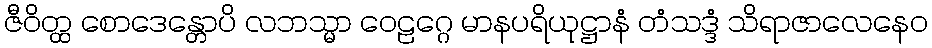
ဇီဝိတ္ထ စောဒေန္တောပိ လဘသ္မာ ဝေဠဂ္ဂေ မာနပရိယုဋ္ဌာနံ တံသဒ္ဒံ သိရာဇာလေနေဝ